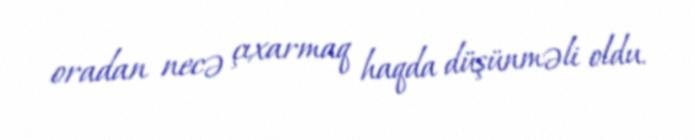
oradan necə çıxarmaq haqda düşünməli oldu.